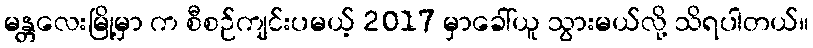
မန္တလေးမြို့မှာ က စီစဉ်ကျင်းပမယ့် 2017 မှာခေါ်ယူ သွားမယ်လို့ သိရပါတယ်။